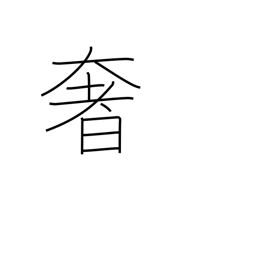
Meaning: luxury